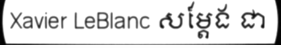
Xavier LeBlanc សម្តែង ជា